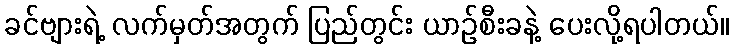
ခင်ဗျားရဲ့ လက်မှတ်အတွက် ပြည်တွင်း ယာဉ်စီးခနဲ့ ပေးလို့ရပါတယ်။